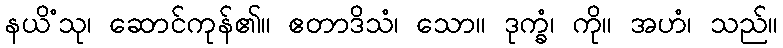
နယိံသု၊ ဆောင်ကုန်၏။ ဧတာဒိသံ၊ သော။ ဒုက္ခံ၊ ကို။ အဟံ၊ သည်။